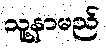
သူ့နာမည်